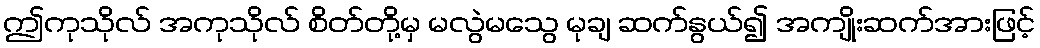
ဤကုသိုလ် အကုသိုလ် စိတ်တို့မှ မလွဲမသွေ မုချ ဆက်နွယ်၍ အကျိုးဆက်အားဖြင့်